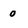
Character: 0